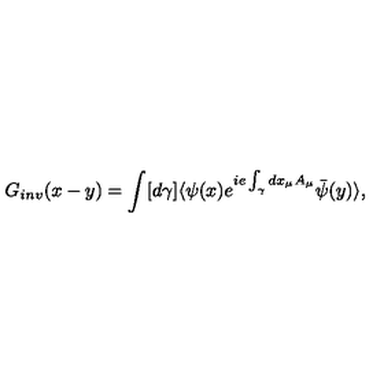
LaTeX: G _ { i n v } ( x - y ) = \int [ d \gamma ] \langle \psi ( x ) e ^ { i e \int _ { \gamma } d x _ { \mu } A _ { \mu } } \bar { \psi } ( y ) \rangle ,